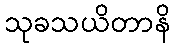
သုခသယိတာနိ